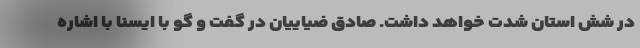
در شش استان شدت خواهد داشت. صادق ضیاییان در گفت و گو با ایسنا با اشاره